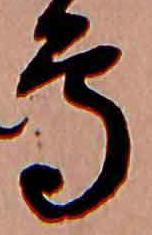
鳥